Trukikaitis_Postimees, lk 45
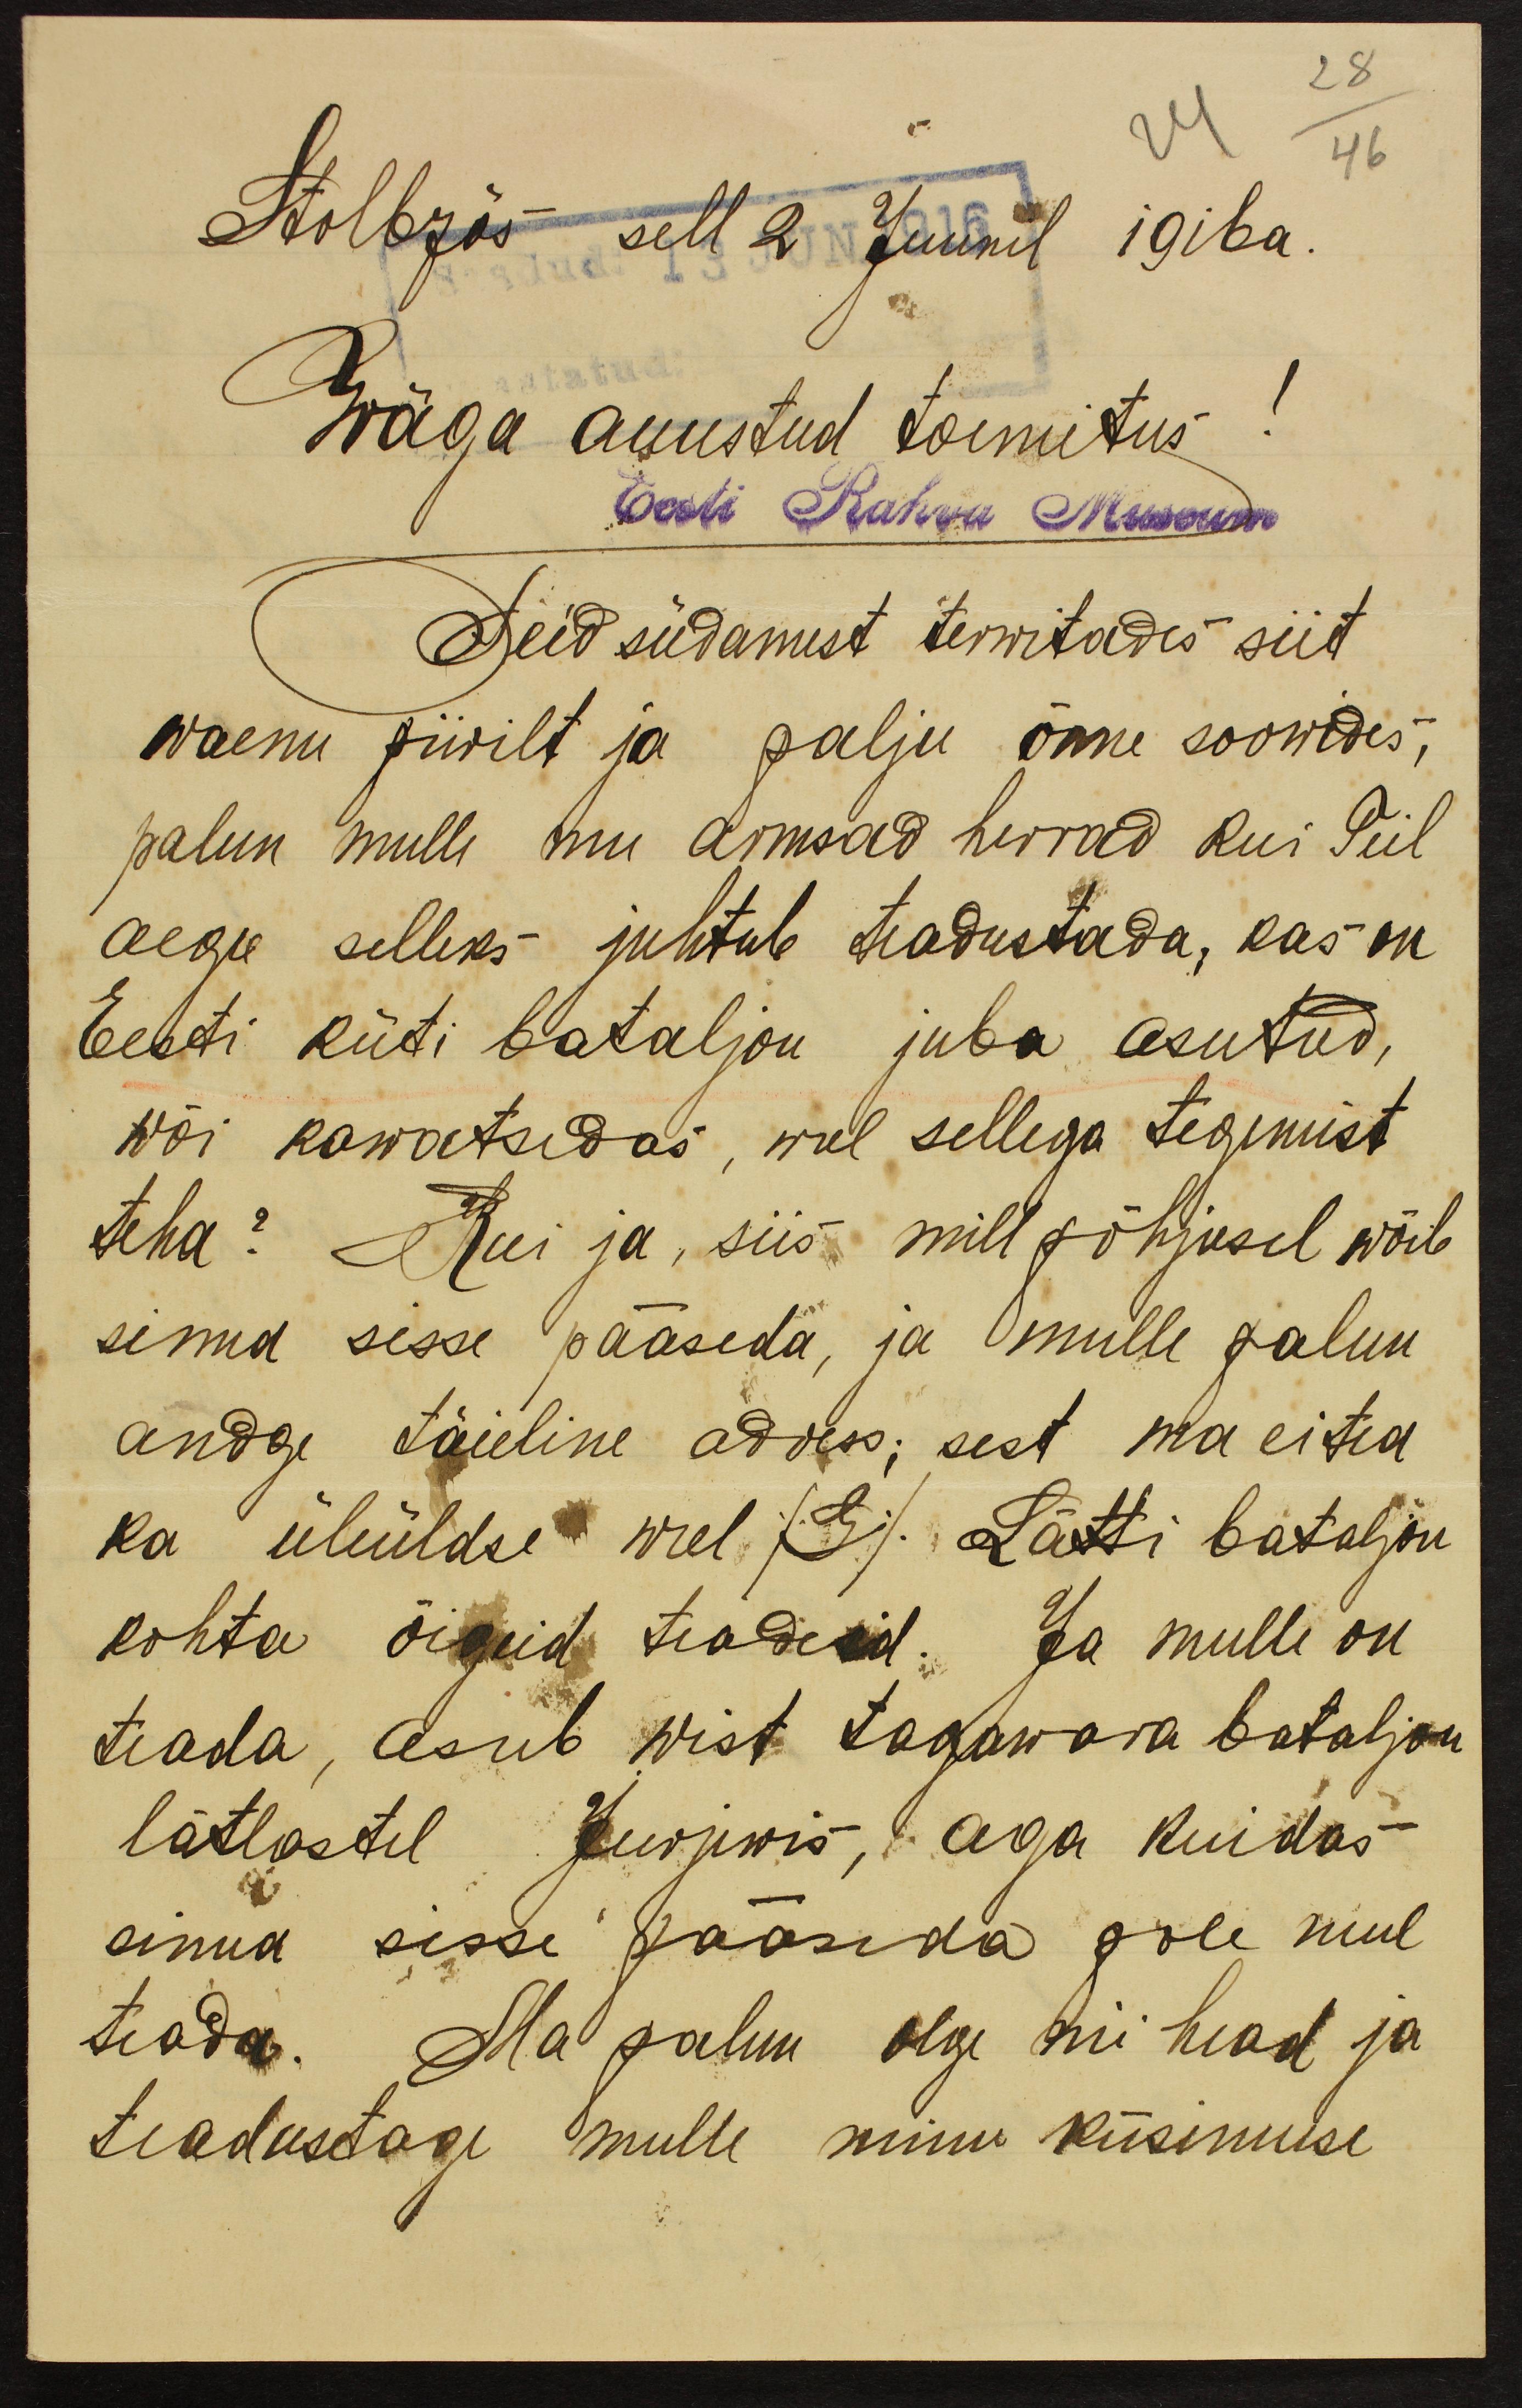
28
24
Stolbzös sell 2 Juunil 1916 a.
46
Wäga auustud toimitus!
Eesti Rahva Museum
Teid südamest terwitades siit
waenu piirilt ja palju õnne soowides,
palun mulle mu armsad herrad kui Teil
aegu selleks juhtub teadustada, kas on
Eesti küti bataljon juba asutud,
wõi kawatsedas, weel sellega tegemist.
teha? Kui ja, siis mill põhjusel wõib
sinna sisse pääseda, ja mulle palun
andge täieline adress; sest ma eitea
ka üleüldse weel /Ei/ Lätti bataljon
kohta õigeid teadeid. Ja mulle on
teada, asub wist tagawara bataljoni
lätlastel Jurjewis, aga kuidas
sinna sisse pääseda pole mul
teada. Ma palun olge nii head ja
teadustage mulle minu küsimuse